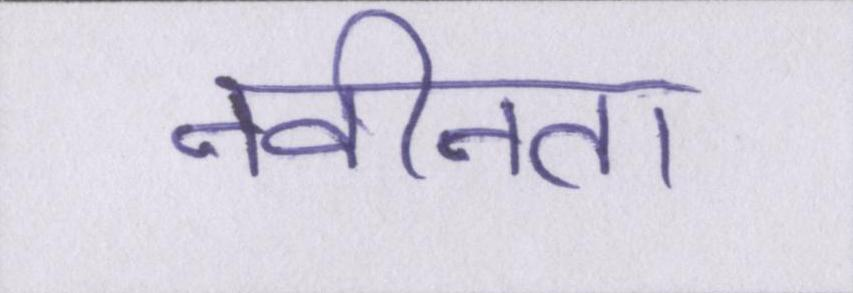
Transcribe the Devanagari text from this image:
नवीनता